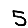
Digit: 5